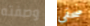
وصفته صحفى